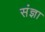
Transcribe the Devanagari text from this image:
संंज्ञा